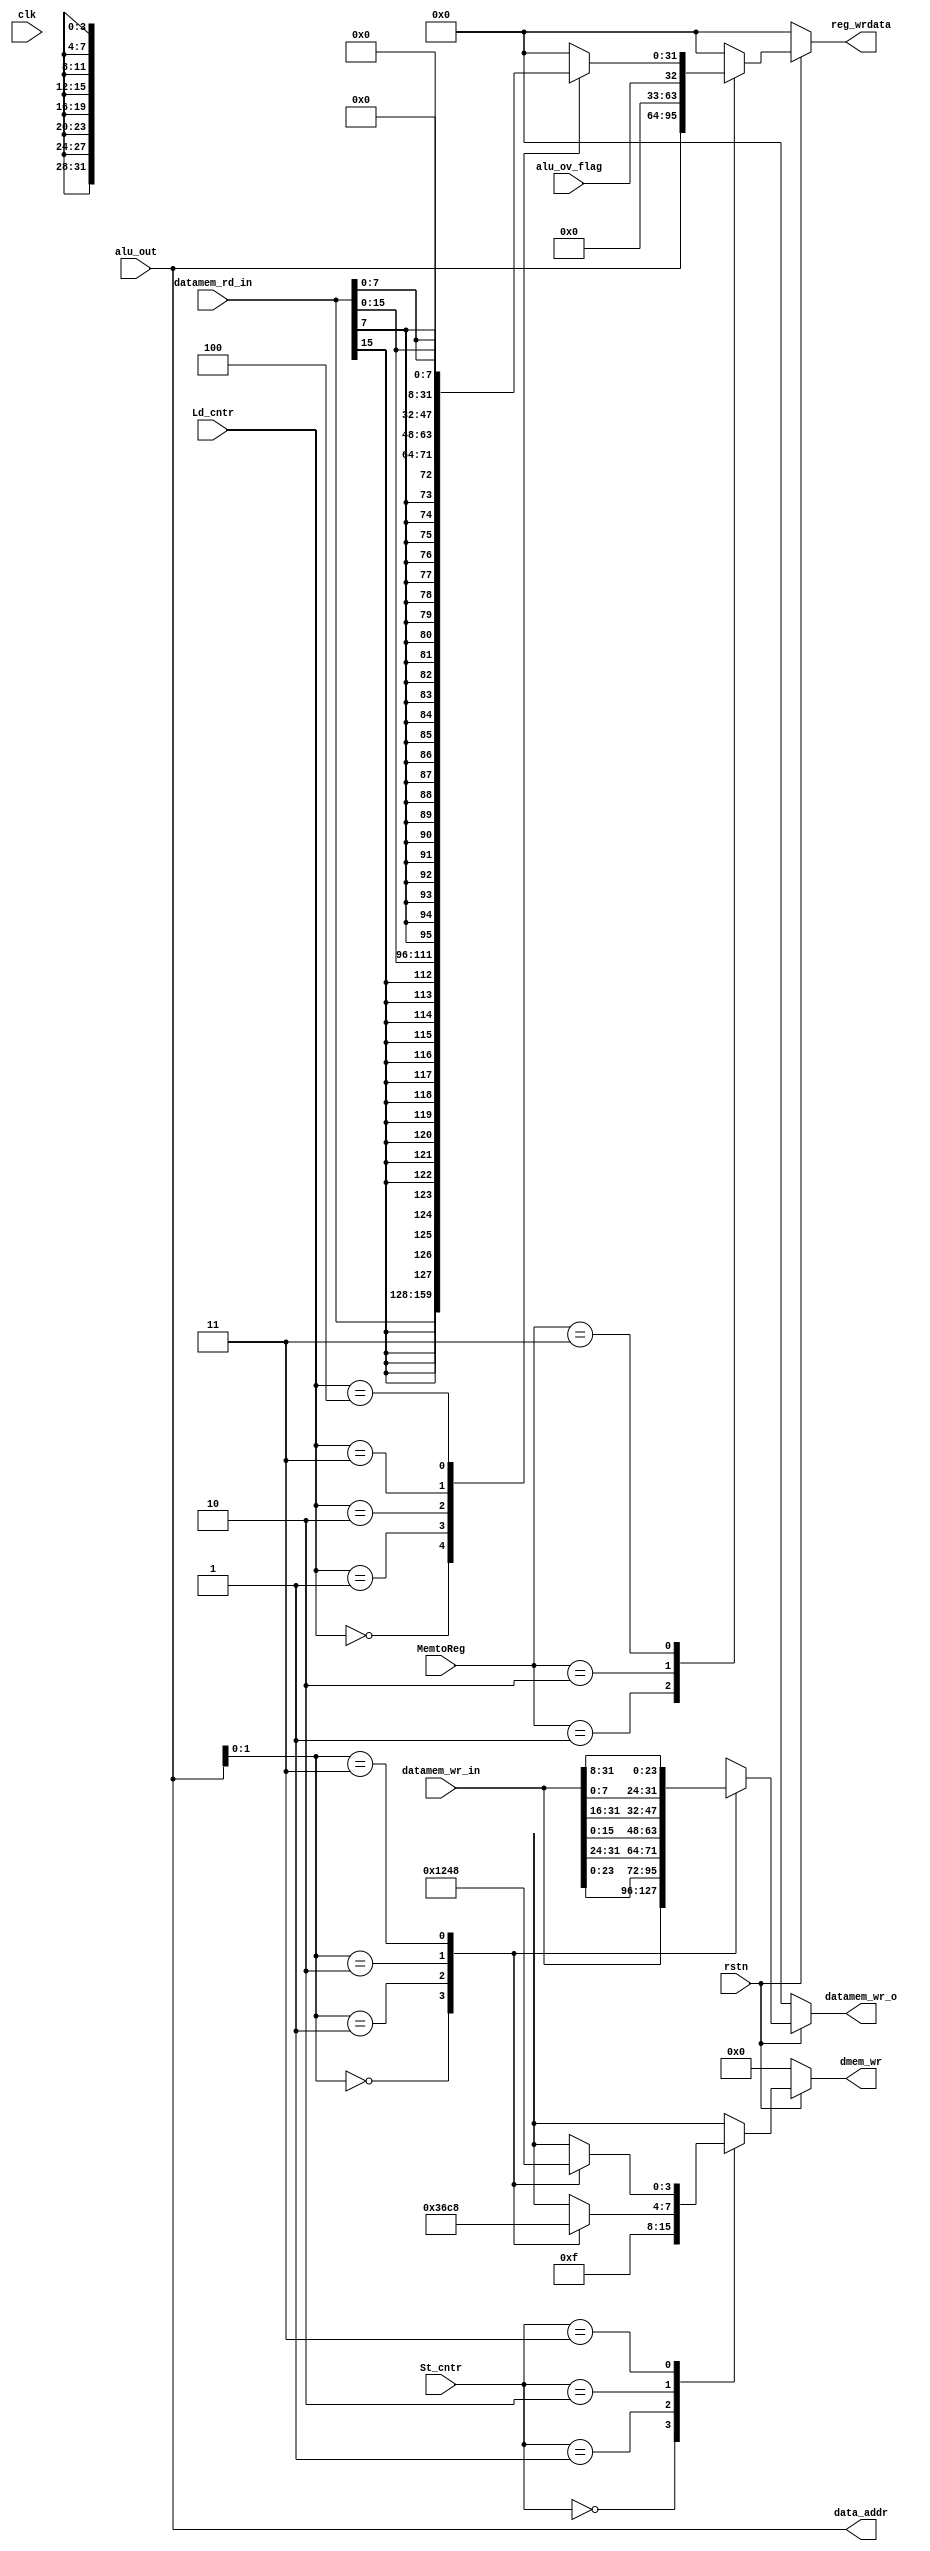
/***************************************************************************************************************************************
Github repo : https://github.com/Praseeda-S/RISC-V-Soc.git
Date : 20/04/2021
Authors : Praseeda S, Sanjana AR, Parvathy PH, Anna Sebastine
College Name : College of Engineering Trivandrum
Project Name : Design and Verification of Vriddhi: A RISC-V Core
Design name : Load and store unit
Module name : lsu
Description : Responsible for inputing data to be stored into RAM, taking outputs from RAM and storing results of ALU operations in Register Set
***************************************************************************************************************************************/

module lsu(
input		clk,
input    rstn,
input	[31:0] 	alu_out,
input 		alu_ov_flag,
output	[31:0]	data_addr,
input 	[1:0] 	MemtoReg,
output reg [3:0]  dmem_wr,
output reg [31:0] reg_wrdata,
input 	[2:0] 	Ld_cntr,
input 	[1:0] 	St_cntr,
input 	[31:0]	datamem_wr_in,
output reg [31:0]  datamem_wr_o,
input 	[31:0] 	datamem_rd_in
);

assign data_addr = alu_out;

wire [1:0]b_pos = alu_out[1:0];

wire [7:0] d0 = datamem_wr_in[7:0];
wire [7:0] d1 = datamem_wr_in[15:8];
wire [7:0] d2 = datamem_wr_in[23:16];
wire [7:0] d3 = datamem_wr_in[31:24];

/*assign datamem_wr_o = (b_pos == 2'b00)? {d3,d2,d1,d0}:0;
assign datamem_wr_o = (b_pos == 2'b01)? {d0,d3,d2,d1}:0;
assign datamem_wr_o = (b_pos == 2'b10)? {d1,d0,d3,d2}:0;
assign datamem_wr_o = (b_pos == 2'b11)? {d2,d1,d0,d3}:0;
*/

/*assign dmem_wr[0] = (~St_cntr[1] & St_cntr[0]) | (St_cntr[1] & ~b_pos[1] & ~b_pos[0]);
assign dmem_wr[1] = (~St_cntr[1] & St_cntr[0]) | (St_cntr[1] & ((~St_cntr[0] & ~b_pos[1])|(St_cntr[0] & ~b_pos[1] & b_pos[0])));
assign dmem_wr[2] = (~St_cntr[1] & St_cntr[0]) | (St_cntr[1] & ((~St_cntr[0] & ~b_pos[1] & b_pos[0]) | (b_pos[1] & ~b_pos[0])));
assign dmem_wr[3] = (~St_cntr[1] & St_cntr[0]) | (St_cntr[1] & b_pos[1] & ((~St_cntr[0] & ~b_pos[0]) | b_pos[0])); 
*/

always@(*)
begin
if(~rstn)
begin
reg_wrdata <= 32'b0;
end
else
begin

case (MemtoReg)
	2'b01:	reg_wrdata <= alu_out;
	2'b10:	reg_wrdata <= {{30{1'b0}}, alu_ov_flag};
	2'b11:	case(Ld_cntr)
			3'b000:	reg_wrdata <= datamem_rd_in;
			3'b001:	reg_wrdata <= {{16{datamem_rd_in[15]}},datamem_rd_in[15:0]};
			3'b010: reg_wrdata <= {{24{datamem_rd_in[7]}},datamem_rd_in[7:0]};
			3'b011:	reg_wrdata <= {{16{1'b0}},datamem_rd_in[15:0]};
			3'b100:	reg_wrdata <= {{24{1'b0}},datamem_rd_in[7:0]};
			default: reg_wrdata <= 32'b0;
		     endcase
	default: reg_wrdata <= 32'b0;

endcase
end
end

always@(*)
begin
if(~rstn)
begin
dmem_wr <= 4'b0;
end
else
begin

case(St_cntr)
	2'b00:	dmem_wr <= 4'b0000;
	2'b01:	dmem_wr <= 4'b1111;
	2'b10:	case (b_pos)
		2'b00:	dmem_wr <= 4'b0011;
		2'b01:	dmem_wr <= 4'b0110;
		2'b10:	dmem_wr <= 4'b1100;
		2'b11:	dmem_wr <= 4'b1000;
		default: dmem_wr <= 4'b0000;
		      endcase
	2'b11:	case (b_pos)
		2'b00:	dmem_wr <= 4'b0001;
		2'b01:	dmem_wr <= 4'b0010;
		2'b10:	dmem_wr <= 4'b0100;
		2'b11:	dmem_wr <= 4'b1000;
		default: dmem_wr <= 4'b0000;
		endcase
	default: dmem_wr <= 4'b0000;
endcase
end
end

always@(*)
begin
if(~rstn)
begin
datamem_wr_o <= 32'b0;
end
else
begin
case (b_pos)
	2'b00:	datamem_wr_o <= {d3,d2,d1,d0};
	2'b01:	datamem_wr_o <= {d2,d1,d0,d3};
	2'b10:	datamem_wr_o <= {d1,d0,d3,d2};
	2'b11:	datamem_wr_o <= {d0,d3,d2,d1};
	default: datamem_wr_o <= 32'b0;
endcase
end
end
		 
endmodule